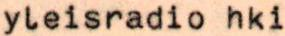
yleisradio hki